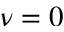
\nu = 0